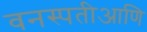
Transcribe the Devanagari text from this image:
वनस्पतीआणि